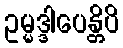
ဥမ္မဒ္ဒါပေန္တိပိ